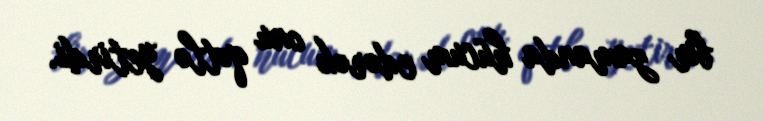
bir zamanda hücum edərək onu qətlə yetirdi.